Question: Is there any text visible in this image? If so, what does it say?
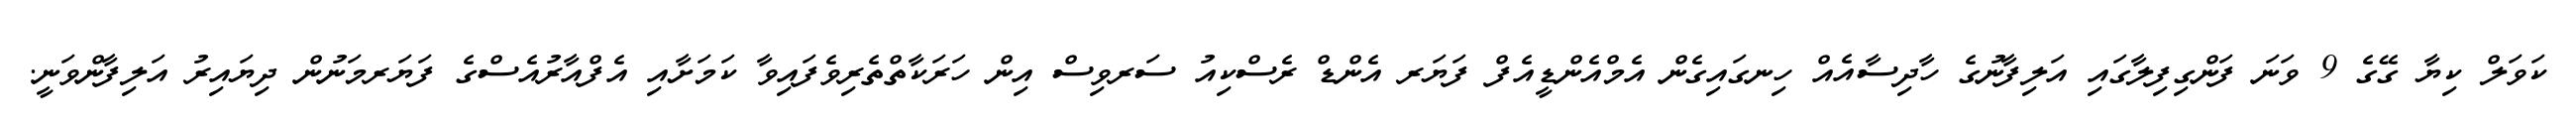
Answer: ކަވަލް ކިޔާ ގޭގެ 9 ވަނަ ފަންގިފިލާގައި އަލިފާނުގެ ހާދިސާއެއް ހިނގައިގެން އެމްއެންޑީއެފް ފަޔަރ އެންޑް ރެސްކިއު ސަރވިސް އިން ހަރަކާތްތެރިވެފައިވާ ކަމަށާއި އެފްއާރުއެސްގެ ފަޔަރމަނުން ދިޔައިރު އަލިފާންވަނީ.